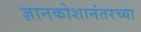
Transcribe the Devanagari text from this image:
ज्ञानकोशानंतरच्या